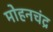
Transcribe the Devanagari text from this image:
मोहनचंद्र